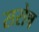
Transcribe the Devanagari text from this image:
सरोष